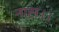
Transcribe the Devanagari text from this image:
नास।।